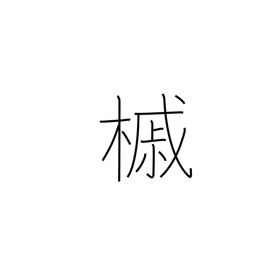
Meaning: maple tree